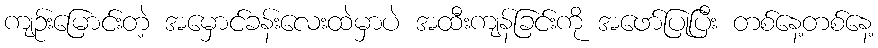
ကျဉ်းမြောင်းတဲ့ အမှောင်ခန်းလေးထဲမှာပဲ အထီးကျန်ခြင်းကို အဖော်ပြုပြီး တစ်နေ့တစ်နေ့